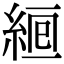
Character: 𦀞